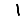
Digit: 1